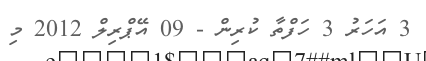
3 އަހަރު 3 ހަފްތާ ކުރިން - 09 އޭޕްރިލް 2012 މި